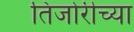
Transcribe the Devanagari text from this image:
तिजोरीच्या